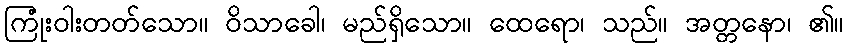
ကြုံးဝါးတတ်သော။ ဝိသာခေါ၊ မည်ရှိသော။ ထေရော၊ သည်။ အတ္တနော၊ ၏။